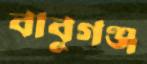
বাবুগঞ্জ